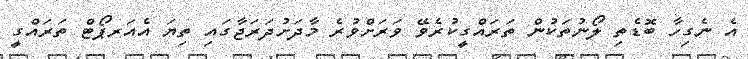
އެ ނެގިހާ ބޮޑެތި ލޯނުތަކުން ތަރައްގީކުރެވޭ ވަރަށްވުރެ މާދަށުދަރަޖާގައި ތިޔަ އެއަރޕޯޓް ތަރައްގީ